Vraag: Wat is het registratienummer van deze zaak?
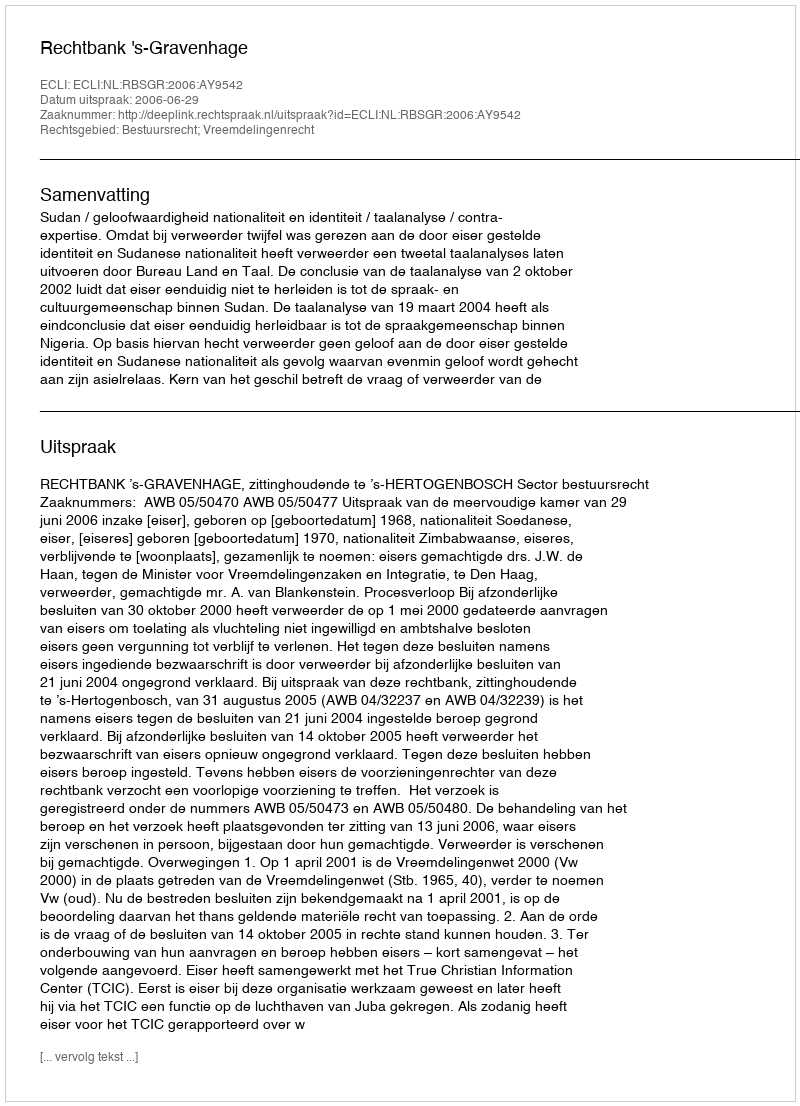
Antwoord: http://deeplink.rechtspraak.nl/uitspraak?id=ECLI:NL:RBSGR:2006:AY9542